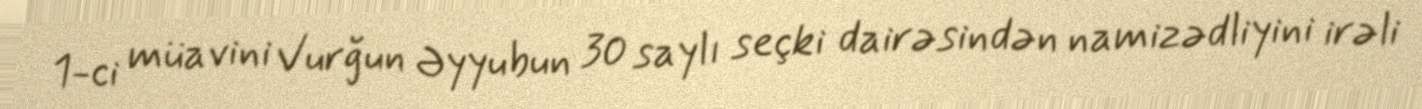
1-ci müavini Vurğun Əyyubun 30 saylı seçki dairəsindən namizədliyini irəli